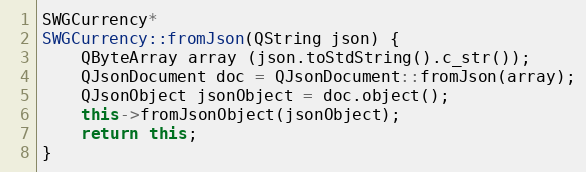
Language: C++
SWGCurrency*
SWGCurrency::fromJson(QString json) {
    QByteArray array (json.toStdString().c_str());
    QJsonDocument doc = QJsonDocument::fromJson(array);
    QJsonObject jsonObject = doc.object();
    this->fromJsonObject(jsonObject);
    return this;
}